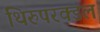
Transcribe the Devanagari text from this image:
थिरुपरक्डल